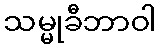
သမ္မုခီဘာဝါ